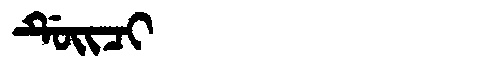
Manchu: ᡩᡠᡳᠴᡳ
Romanization: DUICI